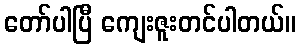
တော်ပါပြီ ကျေးဇူးတင်ပါတယ်။